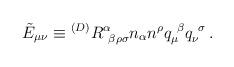
LaTeX: \begin{align*}\tilde{E}_{\mu\nu} \equiv {}^{(D)}R^\alpha_{~\beta\rho\sigma}n_\alpha n^\rho q_\mu^{~\beta} q_\nu^{~\sigma} \,.\end{align*}